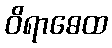
ဝိရာဓေထ